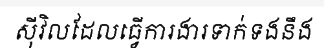
ស៊ីវិលដែលធ្វើការងារទាក់ទងនឹង